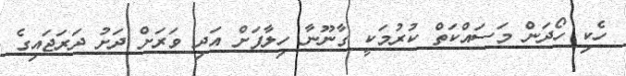
ހެކި ހޯދަން މަސައްކަތް ކުރުމަކީ ގާނޫނާ ހިލާފަށް އަދި ވަރަށް ދަށު ދަރަޖައިގެ